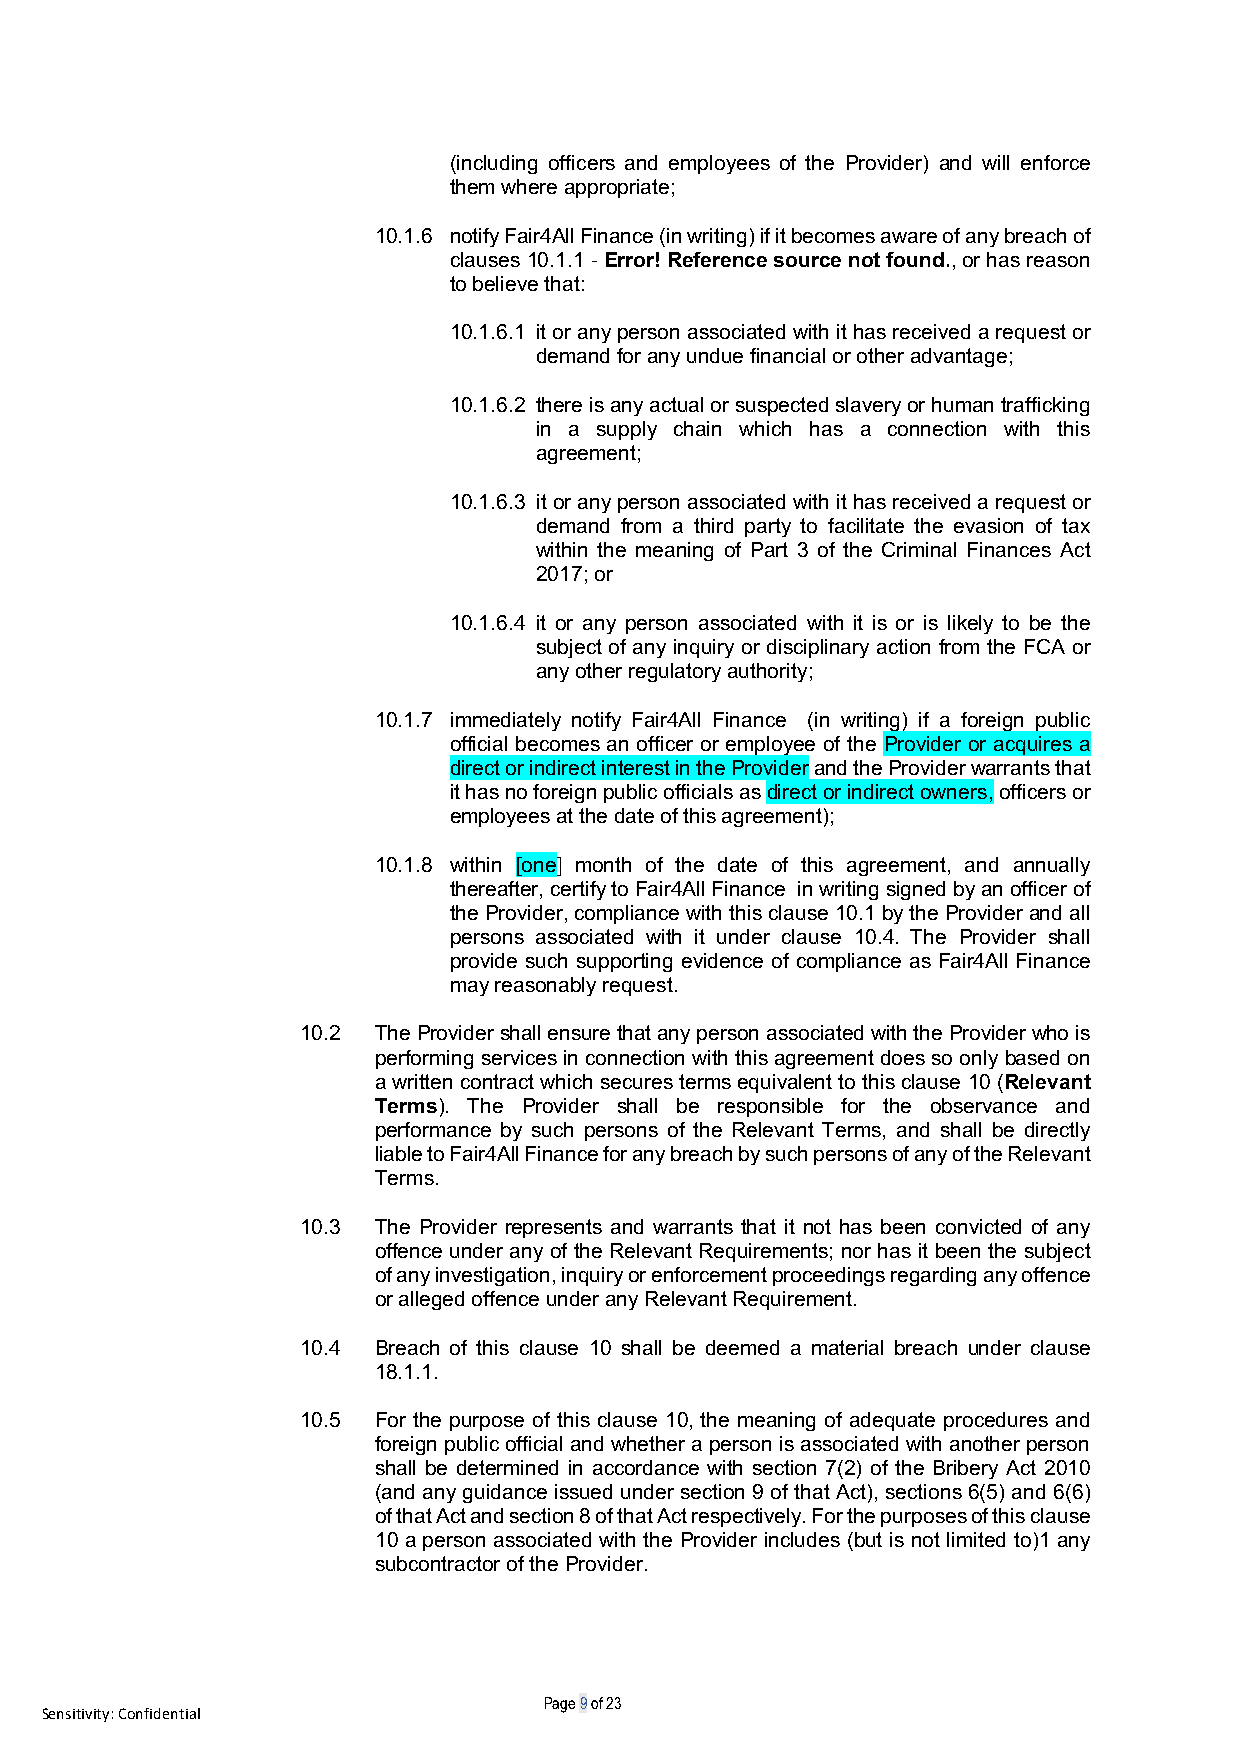
(including officers and employees of the Provider) and will enforce
 them where appropriate;
 10.1.6 notify Fair4All Finance (in writing) if it becomes aware of any breach of
 clauses 10.1.1 - Error! Reference source not found., or has reason
 to believe that:
 10.1.6.1 it or any person associated with it has received a request or
 demand for any undue financial or other advantage;
 10.1.6.2 there is any actual or suspected slavery or human trafficking
 in a supply chain which has a connection with this
 agreement;
 10.1.6.3 it or any person associated with it has received a request or
 demand from a third party to facilitate the evasion of tax
 within the meaning of Part 3 of the Criminal Finances Act
 2017; or
 10.1.6.4 it or any person associated with it is or is likely to be the
 subject of any inquiry or disciplinary action from the FCA or
 any other regulatory authority;
 10.1.7 immediately notify Fair4All Finance (in writing) if a foreign public
 official becomes an officer or employee of the Provider or acquires a
 direct or indirect interest in the Provider and the Provider warrants that
 it has no foreign public officials as direct or indirect owners, officers or
 employees at the date of this agreement);
 10.1.8 within [one] month of the date of this agreement, and annually
 thereafter, certify to Fair4All Finance in writing signed by an officer of
 the Provider, compliance with this clause 10.1 by the Provider and all
 persons associated with it under clause 10.4. The Provider shall
 provide such supporting evidence of compliance as Fair4All Finance
 may reasonably request.
 10.2 The Provider shall ensure that any person associated with the Provider who is
 performing services in connection with this agreement does so only based on
 a written contract which secures terms equivalent to this clause 10 (Relevant
 Terms). The Provider shall be responsible for the observance and
 performance by such persons of the Relevant Terms, and shall be directly
 liable to Fair4All Finance for any breach by such persons of any of the Relevant
 Terms.
 10.3 The Provider represents and warrants that it not has been convicted of any
 offence under any of the Relevant Requirements; nor has it been the subject
 of any investigation, inquiry or enforcement proceedings regarding any offence
 or alleged offence under any Relevant Requirement.
 10.4 Breach of this clause 10 shall be deemed a material breach under clause
 18.1.1.
 10.5 For the purpose of this clause 10, the meaning of adequate procedures and
 foreign public official and whether a person is associated with another person
 shall be determined in accordance with section 7(2) of the Bribery Act 2010
 (and any guidance issued under section 9 of that Act), sections 6(5) and 6(6)
 of that Act and section 8 of that Act respectively. For the purposes of this clause
 10 a person associated with the Provider includes (but is not limited to)1 any
 subcontractor of the Provider.
 Page 9 of 23
 Sensitivity: Confidential